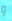
و